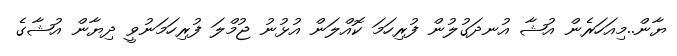
ޔާން..މިއަހަރެން އުޝާ އުނދަގުލުން ފުރިހަމަ ކޮއްލަން އުޅުނު ޖުމްލަ ފުރިހަމަނުވީ ދިޔާން އުޝާގެ